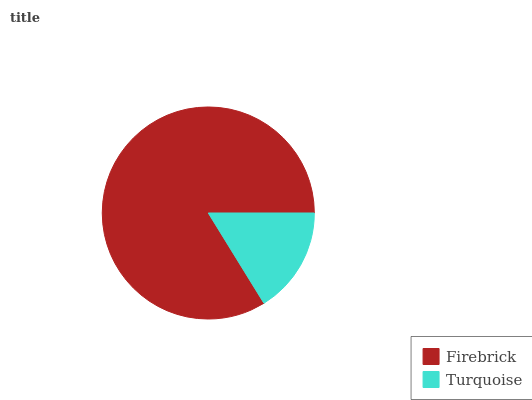
| Firebrick | Turquoise |
 | --- | --- |
 | 83.8% | 16.2% |